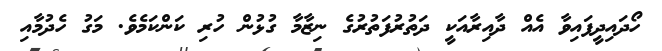
ހޯދައިދީފައިވާ އެއް ދާއިރާއަކީ ދަތުރުފަތުރުގެ ނިޒާމާ ގުޅުން ހުރި ކަންކަމެވެ. މަގު ހެދުމާއި